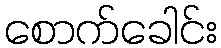
စောက်ခေါင်း